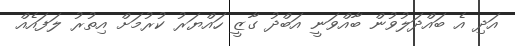
އަދި އެ ބައްދަލުވުން ބާއްވަނީ އަބްދު ގާޒީ ހައްޔަރު ކުރުމަށް އިތުރު ލަފައެއް